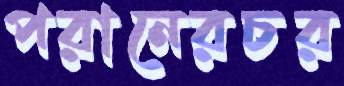
পরানেরচর